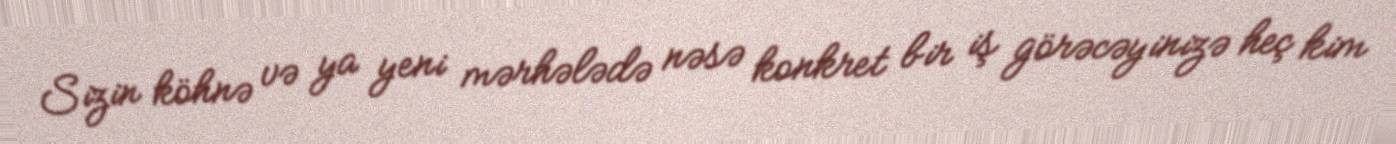
Sizin köhnə və ya yeni mərhələdə nəsə konkret bir iş görəcəyinizə heç kim